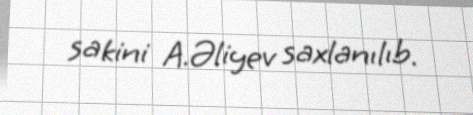
sakini A.Əliyev saxlanılıb.